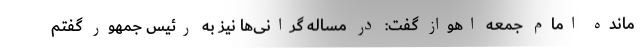
مانده امام جمعه اهواز گفت: در مساله گرانی‌ها نیز به رئیس جمهور گفتم